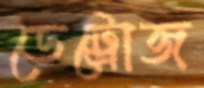
ডেট্রোজ